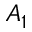
A _ { 1 }